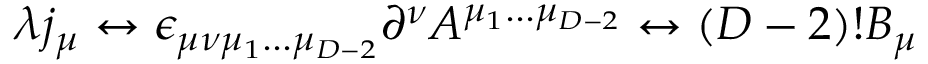
\lambda j _ { \mu } \leftrightarrow \epsilon _ { \mu \nu \mu _ { 1 } . . . \mu _ { D - 2 } } \partial ^ { \nu } A ^ { \mu _ { 1 } . . . \mu _ { D - 2 } } \leftrightarrow ( D - 2 ) ! B _ { \mu }